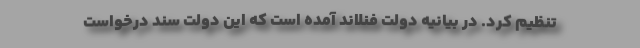
تنظیم کرد. در بیانیه دولت فنلاند آمده است که این دولت سند درخواست